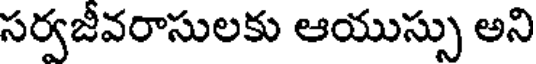
సర్వజీవరాసులకు ఆయుస్సు అని